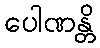
ပေါဏန္တိ